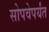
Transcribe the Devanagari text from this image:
सोपवेपर्यंत